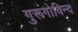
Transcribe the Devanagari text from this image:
गुरूगोविन्द